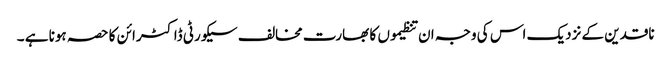
ناقدین کے نزدیک اس کی وجہ ان تنظیموں کا بھارت مخالف سیکورٹی ڈاکٹرائن کا حصہ ہونا ہے ۔